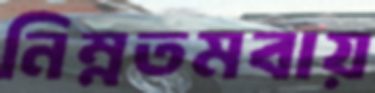
নিম্নতমবায়